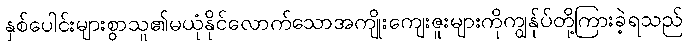
နှစ်ပေါင်းများစွာသူ၏မယုံနိုင်လောက်သောအကျိုးကျေးဇူးများကိုကျွန်ုပ်တို့ကြားခဲ့ရသည်